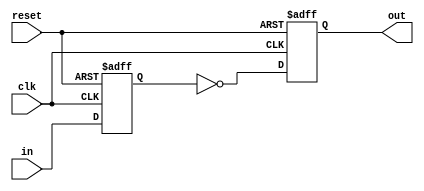
module inverter_delay (
    input wire clk,            // Clock signal
    input wire reset,          // Reset signal
    input wire in,             // Input signal
    output reg out             // Output signal
);

reg inverter_input;           // Input signal to inverter
reg inverter_output;          // Output signal of inverter

always @(posedge clk or posedge reset) begin
    if (reset) begin
        inverter_input <= 1'b0;
    end else begin
        inverter_input <= in;
    end
end

assign #10 inverter_output = ~inverter_input;   // Inverter with 10ns delay

always @(posedge clk or posedge reset) begin
    if (reset) begin
        out <= 1'b0;
    end else begin
        out <= inverter_output;
    end
end

endmodule